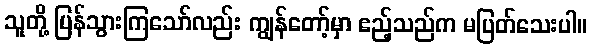
သူတို့ ပြန်သွားကြသော်လည်း ကျွန်တော့်မှာ ဧည့်သည်က မပြတ်သေးပါ။